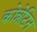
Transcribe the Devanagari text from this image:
कोन्नेटिन